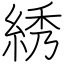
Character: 綉